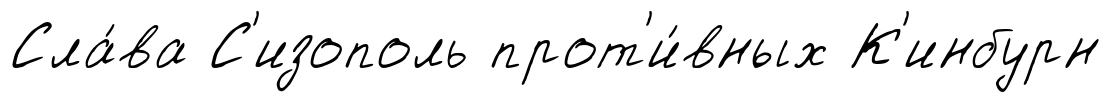
Сла́ва С'изополь прот'и́вных К'инбурн